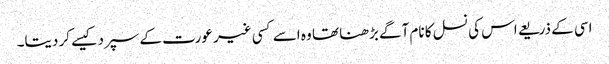
اسی کے ذریعے اس کی نسل کا نام آگے بڑھنا تھا وہ اسے کسی غیر عورت کے سپرد کیسے کر دیتا۔